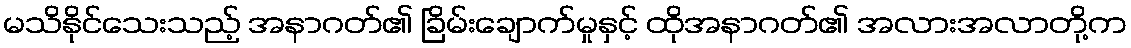
မသိနိုင်သေးသည့် အနာဂတ်၏ ခြိမ်းချောက်မှုနှင့် ထိုအနာဂတ်၏ အလားအလာတို့က